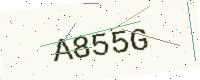
Text: A855G